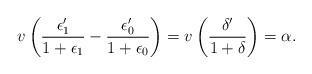
LaTeX: \begin{align*}v\left(\frac{\epsilon_1'}{1+\epsilon_1} - \frac{\epsilon_0'}{1+\epsilon_0}\right) = v\left(\frac{\delta'}{1+\delta}\right) = \alpha.\end{align*}